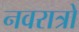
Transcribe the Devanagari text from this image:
नवरात्रो